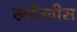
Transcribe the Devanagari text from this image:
खर्डेनवीस